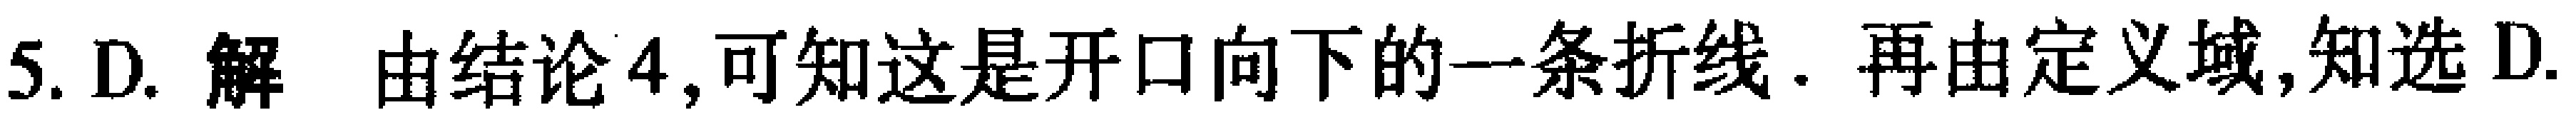
5. D. 解 由结论4,可知这是开口向下的一条折线. 再由定义域,知选D.